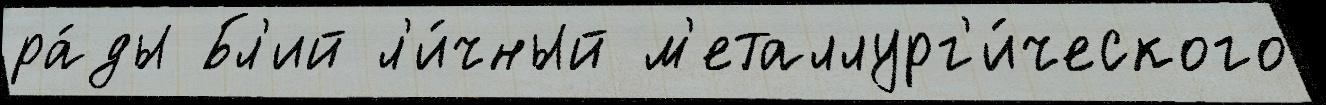
ра́ды Бл'ий л'и́чный м'еталлург'и́ческого